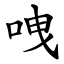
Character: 㖂